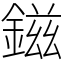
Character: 鎡